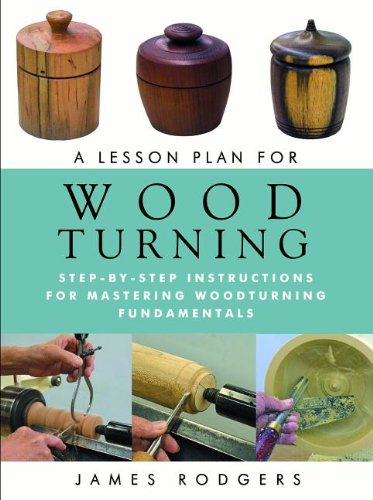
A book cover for A Lesson Plan for Woodturning: Step-by-Step Instructions for Mastering Woodturning Fundamentals; James Rodgers; Education & Teaching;